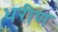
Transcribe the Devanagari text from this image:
धरीण